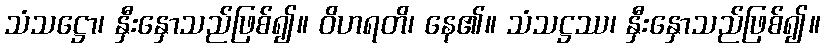
သံသဋ္ဌော၊ နှီးနှောသည်ဖြစ်၍။ ဝိဟရတိ၊ နေ၏။ သံသဋ္ဌဿ၊ နှီးနှောသည်ဖြစ်၍။